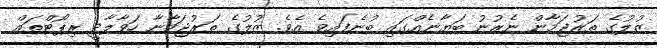
ޒުލުގެ ތަރުޖަމާން ނެރުނު ބަޔާނެއްގައި ބުނެފައިވެ އެވެ. ޒުލުގެ ތަރުޖަމާނާ ހަވާލާދީ ރިޕޯޓްތައް